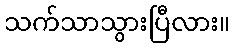
သက်သာသွားပြီလား။